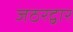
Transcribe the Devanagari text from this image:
जठरद्वार